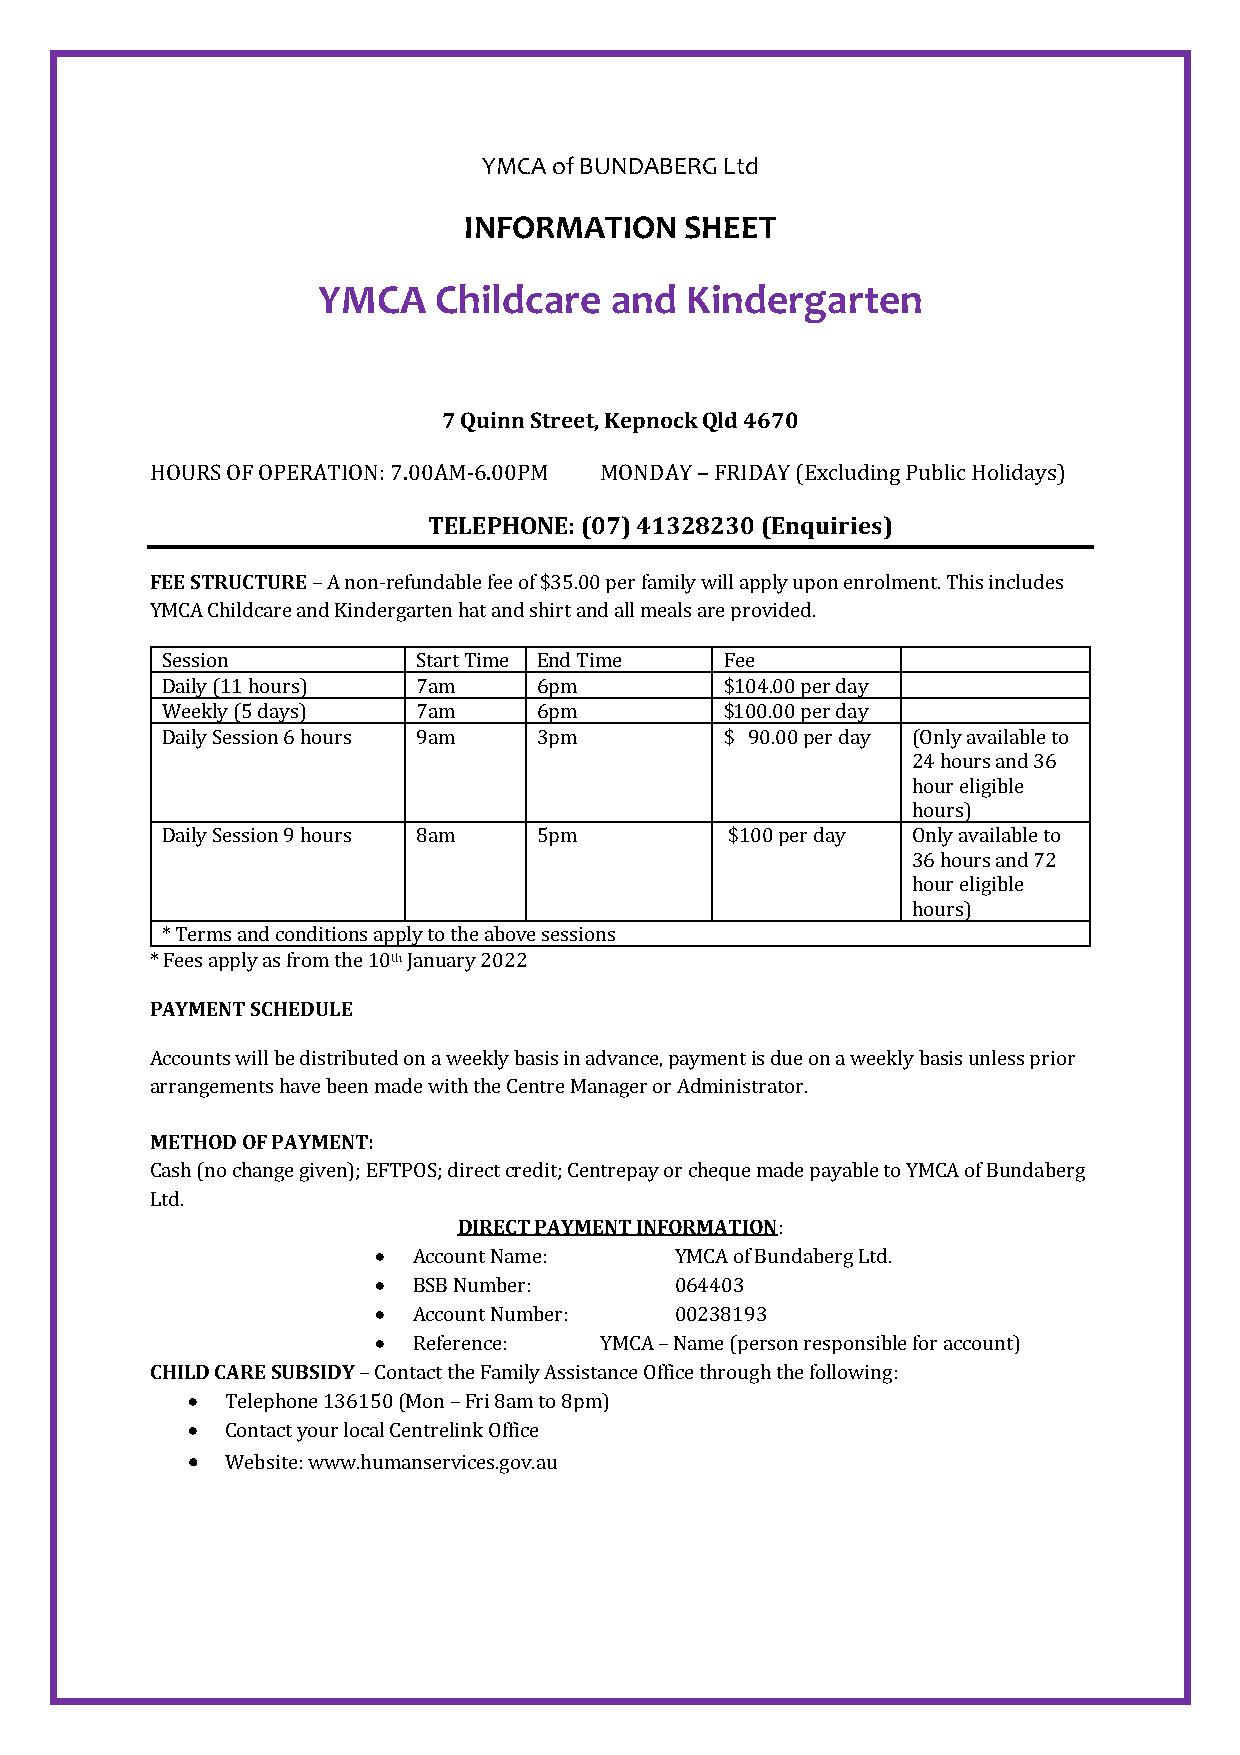
YMCA of BUNDABERG Ltd
 INFORMATION   SHEET
 YMCA    Childcare  and  Kindergarten
 7 Quinn Street, Kepnock Qld 4670
 HOURS OF OPERATION: 7.00AM-6.00PM MONDAY – FRIDAY (Excluding Public Holidays)
 TELEPHONE: (07) 41328230 (Enquiries)
 FEE STRUCTURE – A non-refundable fee of $35.00 per family will apply upon enrolment. This includes
 YMCA Childcare and Kindergarten hat and shirt and all meals are provided.
 Session          Start Time End Time Fee
 Daily (11 hours) 7am     6pm         $104.00 per day
 Weekly (5 days)  7am     6pm         $100.00 per day
 Daily Session 6 hours 9am 3pm        $ 90.00 per day (Only available to
 24 hours and 36
 hour eligible
 hours)
 Daily Session 9 hours 8am 5pm        $100 per day Only available to
 36 hours and 72
 hour eligible
 hours)
 * Terms and conditions apply to the above sessions
 * Fees apply as from the 10th January 2022
 PAYMENT SCHEDULE
 Accounts will be distributed on a weekly basis in advance, payment is due on a weekly basis unless prior
 arrangements have been made with the Centre Manager or Administrator.
 METHOD OF PAYMENT:
 Cash (no change given); EFTPOS; direct credit; Centrepay or cheque made payable to YMCA of Bundaberg
 Ltd.
 DIRECT PAYMENT INFORMATION:
 • Account Name:     YMCA of Bundaberg Ltd.
 • BSB Number:       064403
 • Account Number:   00238193
 • Reference:   YMCA – Name (person responsible for account)
 CHILD CARE SUBSIDY – Contact the Family Assistance Office through the following:
 •  Telephone 136150 (Mon – Fri 8am to 8pm)
 •  Contact your local Centrelink Office
 •  Website: www.humanservices.gov.au